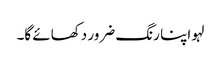
لہو اپنا رنگ ضرور دکھائے گا۔